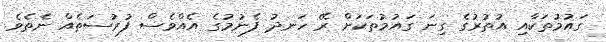
ގައުމުތަކާއި އުތުރުގެ ގިނަ ގައުމުތަކަށް ރޭ ހަނދު ފެނުމުގެ އެއްވެސް ފުރުސަތެއް ނެތެވެ.